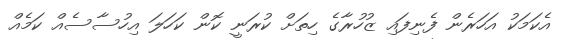
އެކަމަކު އަހަރެން ފެނިފައި ޒުހުރާގެ ހިތަށް ކުރަނީ ކޮން ކަހަލަ އިހުސާސެއް ކަމެއް